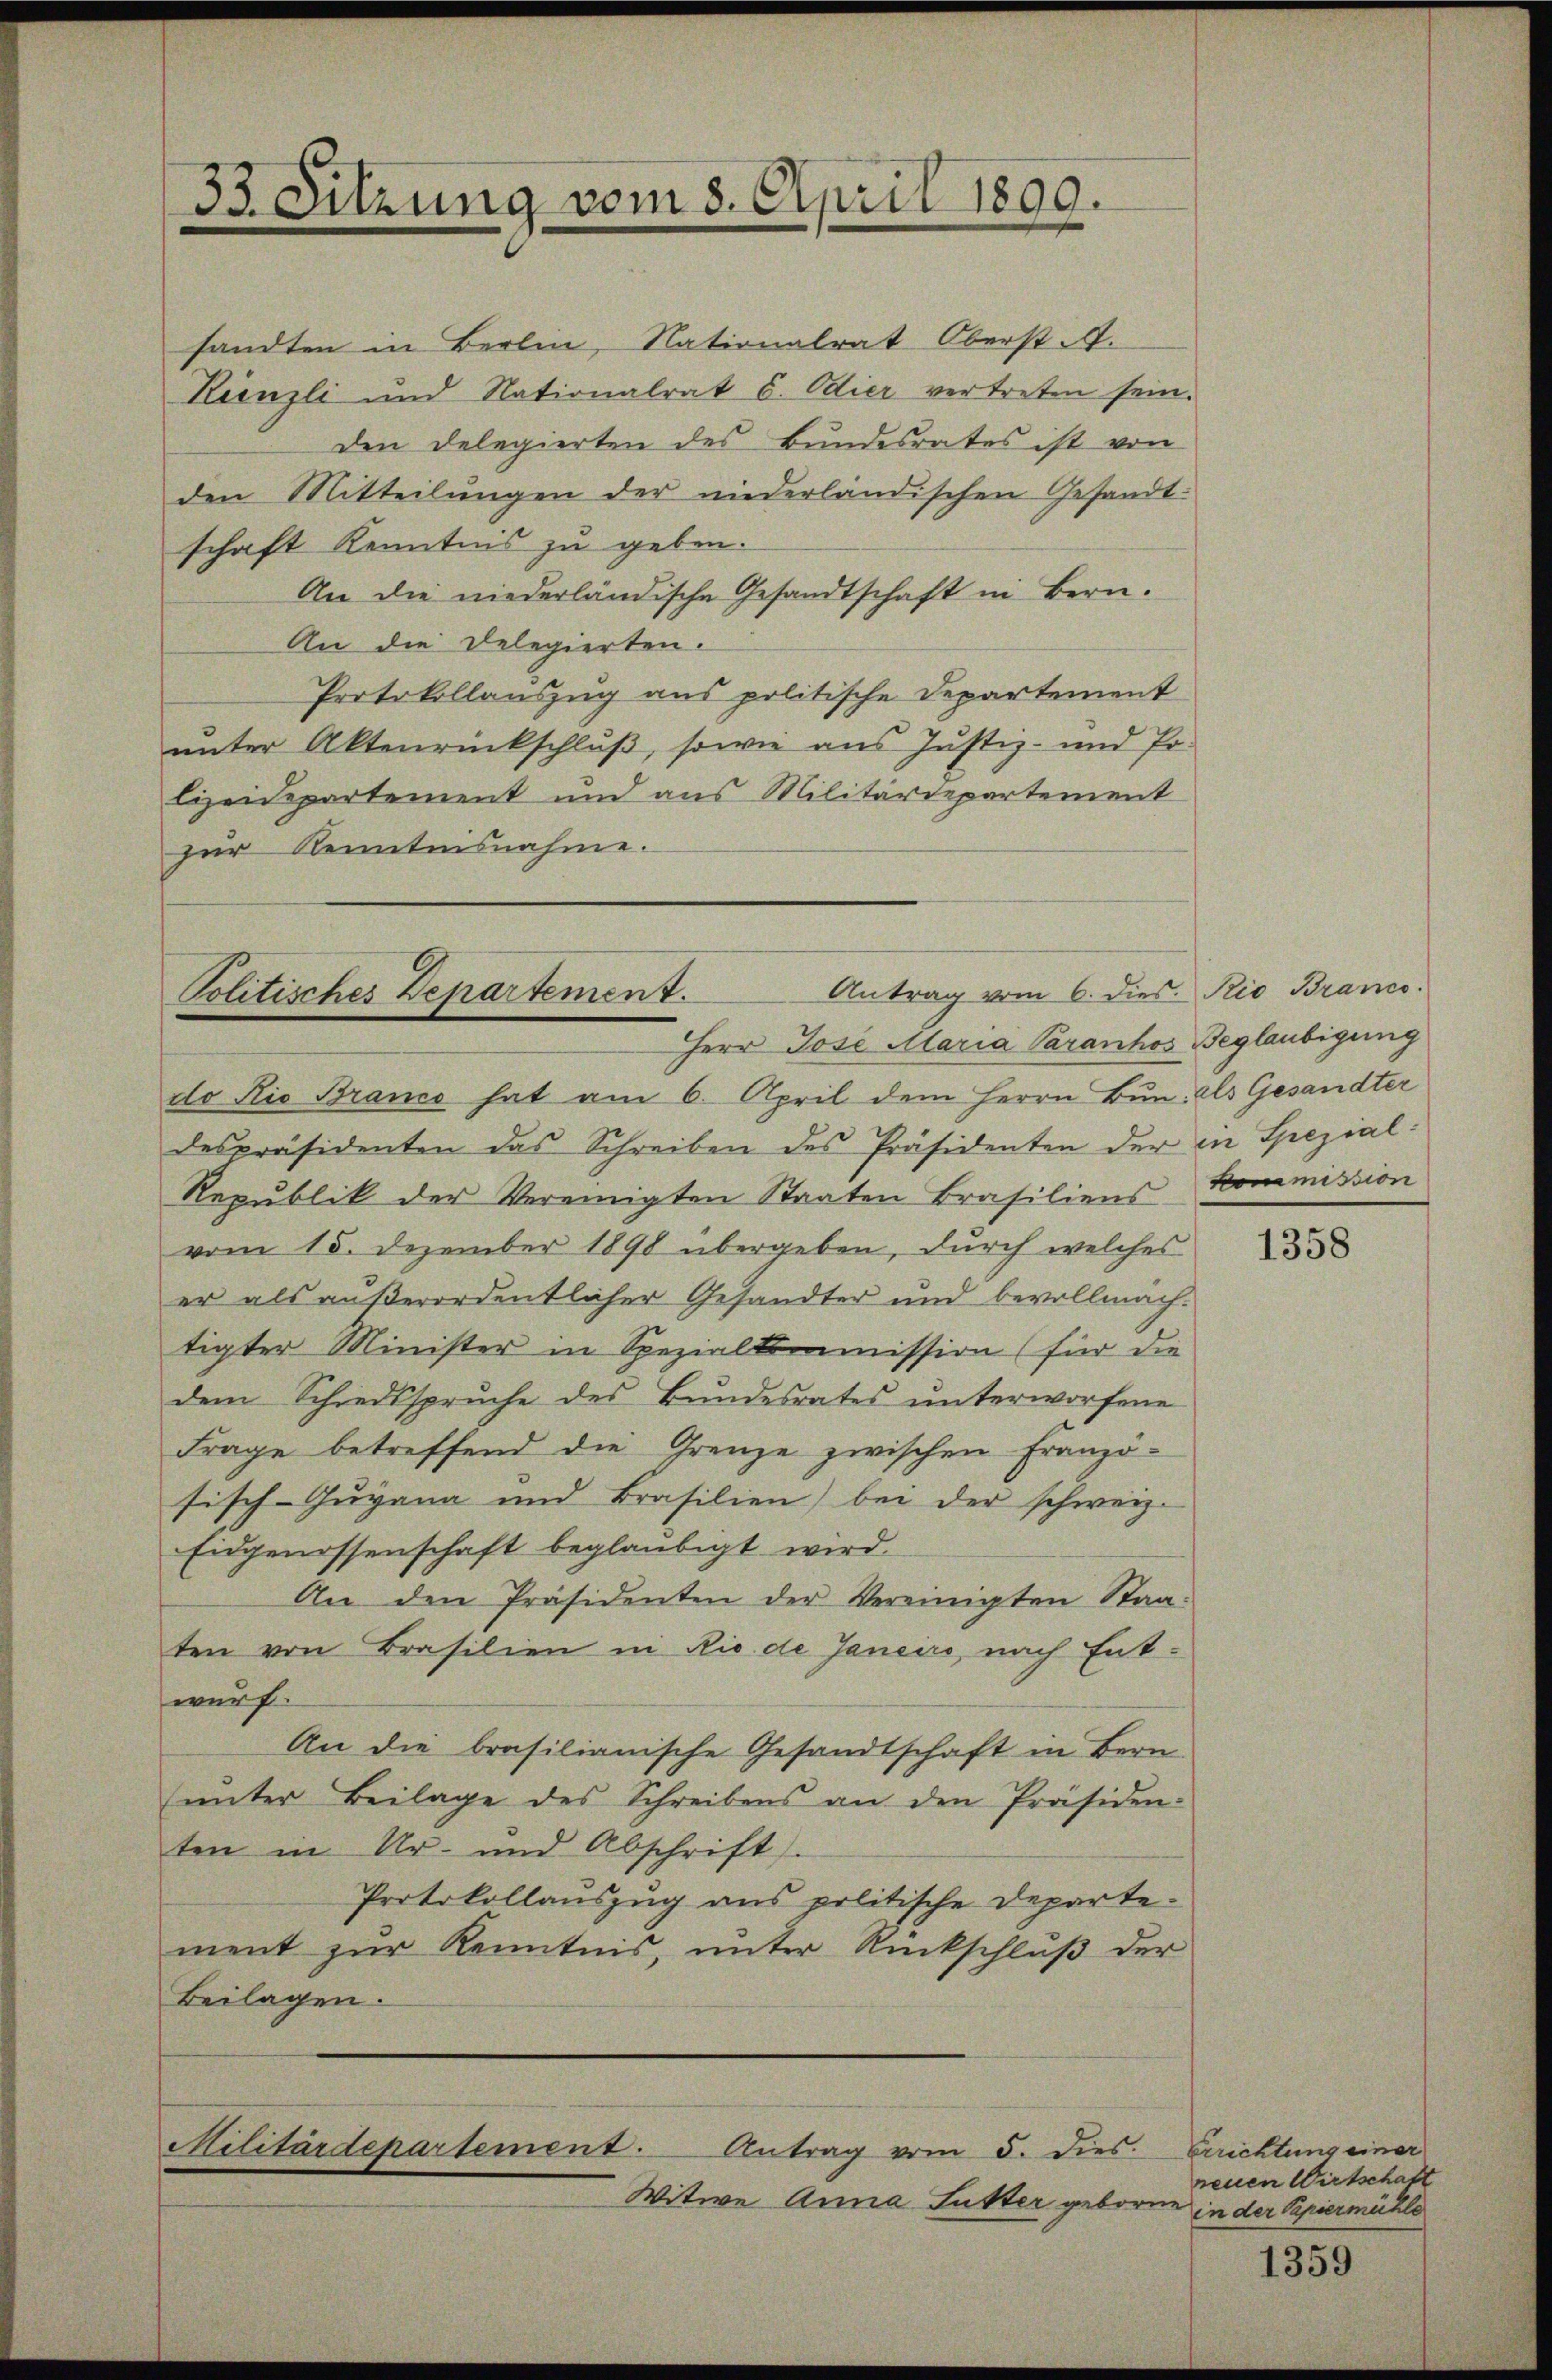
33. Sitzung vom 8. April 1899.

sandten in Berlin, Nationalrat Oberst A.
Kienzli und Nationalrat C. Odier vertreten sein.
den Delegierten des Bundesrates ist von
den Mitteilungen der niederländischen Gesandt-
schaft Kenntnis zu geben.
An die niederländische Gesandtschaft in Bern.
An die Delegierten.
Protokollauszug aus politische Departement
unter Aktenrückschluß, sowie aus Justiz- und Er-
lizeidepartement und aus Militärdepartement
zur Kenntensnahme.

Politisches Departement.
Herr Jose Maria Paranhos Beglaubigung

do Rio Brancs hat am 6. April dem Herrn Bun. Als Gesandter
despräsidenten das Schreiben des Präsidenten der in Spezial¬
Republik der Vereinigten Staaten Brasiliens Kommission
vom 15. Dezember 1890 übergeben, durch welches
er als außerordentlicher Gesandter und bevollmachtigter Minister in Spezialkommission (für die
dem Schiedsspruche des Bundesrates ŭnterworfene
Frage betreffend die Grenze zwischen Franzö-
fisch-Guyana und Brasilien) bei der schweiz.
Eidgenossenschaft beglaubigt wird.
An den Präsidenten der Vereinigten Staa-
ten von Brasilien in Rio de Janeiro nach Entwurf.
An die brasilianische Gesandtschaft in Bern
ŭnter Beilage des Schreibens an den Präsiden:
ten in Ur- und Abschrift.
Protokollauszug aus politische Departement zur Kenntnis, unter Rückschluß der
Beilagen.
Militärdepartement. Antrag vom 5. dies.
Witwe Anna Futter geboren in der Papiermühle

Antrag vom 6. dies Rio Branco.

1358

Errichtung einer
neuen Wirtschaft

1359